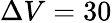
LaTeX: \Delta V=30